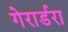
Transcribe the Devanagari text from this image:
गेरार्डरा